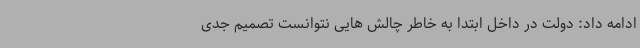
ادامه داد: دولت در داخل ابتدا به خاطر چالش هایی نتوانست تصمیم جدی